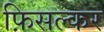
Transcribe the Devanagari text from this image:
फ़िसल्कर